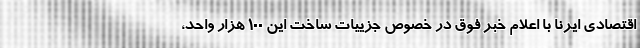
اقتصادی ایرنا با اعلام خبر فوق در خصوص جزییات ساخت این ۱۰۰ هزار واحد،